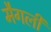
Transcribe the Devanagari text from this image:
मैगली